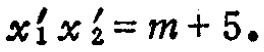
$x_{1}'x_{2}'=m + 5。$